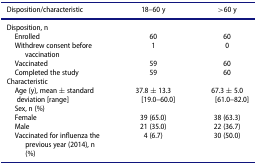
<table><thead><tr><td><b>Disposition/characteristic</b></td><td><b>18–60 y</b></td><td><b>&gt;60 y</b></td></tr></thead><tbody><tr><td>Disposition, n</td><td> </td><td> </td></tr><tr><td> Enrolled</td><td>60</td><td>60</td></tr><tr><td> Withdrew consent before vaccination</td><td>1</td><td>0</td></tr><tr><td> Vaccinated</td><td>59</td><td>60</td></tr><tr><td> Completed the study</td><td>59</td><td>60</td></tr><tr><td>Characteristic</td><td> </td><td> </td></tr><tr><td> Age (y), mean ± standard deviation [range]</td><td>37.8 ± 13.3 [19.0–60.0]</td><td>67.3 ± 5.0 [61.0–82.0]</td></tr><tr><td> Sex, n (%)</td><td> </td><td> </td></tr><tr><td> Female</td><td>39 (65.0)</td><td>38 (63.3)</td></tr><tr><td> Male</td><td>21 (35.0)</td><td>22 (36.7)</td></tr><tr><td> Vaccinated for influenza the previous year (2014), n (%)</td><td>4 (6.7)</td><td>30 (50.0)</td></tr></tbody></table>